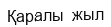
Қаралы  жыл